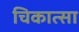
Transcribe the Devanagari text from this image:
चिकात्सा